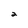
Character: 2